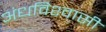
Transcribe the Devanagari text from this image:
अंधविश्‍वासी